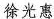
徐光惠